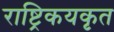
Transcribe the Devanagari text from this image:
राष्ट्रिकयकृत